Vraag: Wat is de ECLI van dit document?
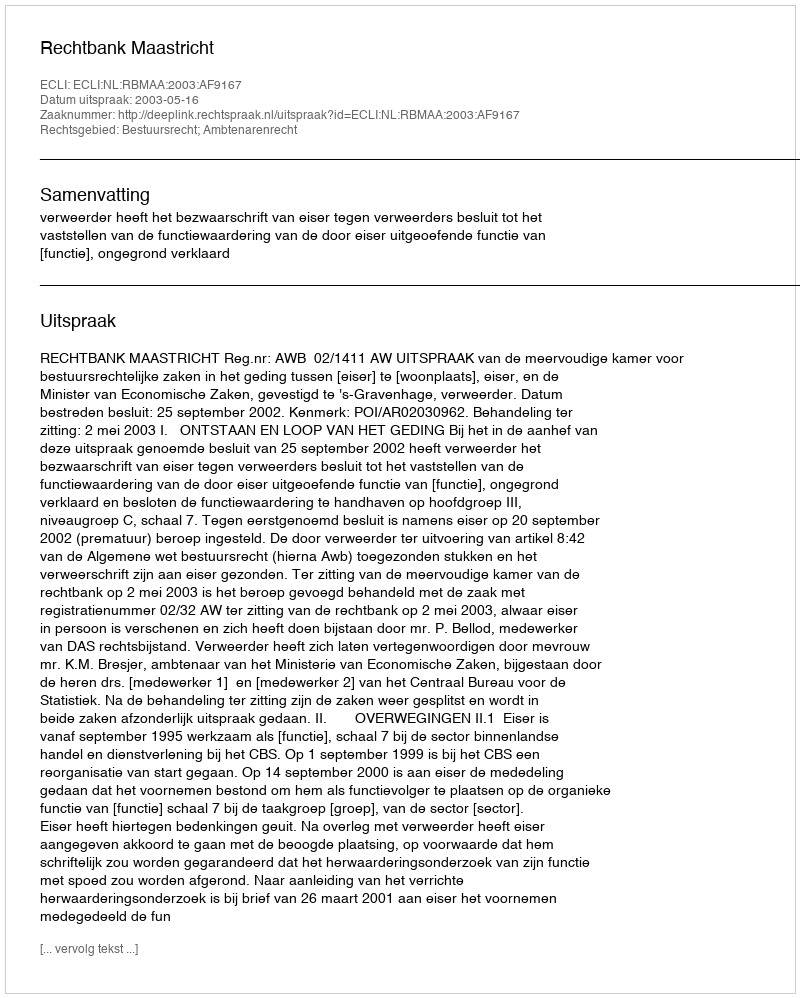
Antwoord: ECLI:NL:RBMAA:2003:AF9167